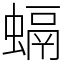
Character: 螎